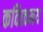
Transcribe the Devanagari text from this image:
कवित्वमय